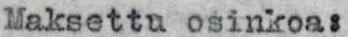
Maksettu osinkoa: